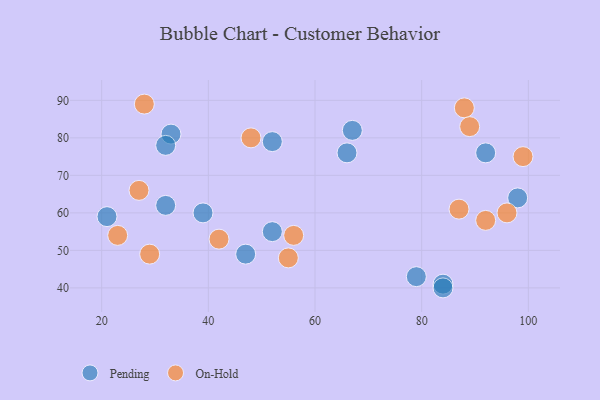
{"axis": {"x": "GDP", "y": "Life Expectancy"}, "legend": ["On-Hold", "Pending"], "data": [{"x": "21", "y": 59, "type": "Pending"}, {"x": "47", "y": 49, "type": "Pending"}, {"x": "33", "y": 81, "type": "Pending"}, {"x": "67", "y": 82, "type": "Pending"}, {"x": "79", "y": 43, "type": "Pending"}, {"x": "84", "y": 41, "type": "Pending"}, {"x": "52", "y": 55, "type": "Pending"}, {"x": "52", "y": 79, "type": "Pending"}, {"x": "92", "y": 76, "type": "Pending"}, {"x": "32", "y": 62, "type": "Pending"}, {"x": "39", "y": 60, "type": "Pending"}, {"x": "98", "y": 64, "type": "Pending"}, {"x": "32", "y": 78, "type": "Pending"}, {"x": "84", "y": 40, "type": "Pending"}, {"x": "66", "y": 76, "type": "Pending"}, {"x": "42", "y": 53, "type": "On-Hold"}, {"x": "96", "y": 60, "type": "On-Hold"}, {"x": "92", "y": 58, "type": "On-Hold"}, {"x": "87", "y": 61, "type": "On-Hold"}, {"x": "99", "y": 75, "type": "On-Hold"}, {"x": "48", "y": 80, "type": "On-Hold"}, {"x": "56", "y": 54, "type": "On-Hold"}, {"x": "27", "y": 66, "type": "On-Hold"}, {"x": "23", "y": 54, "type": "On-Hold"}, {"x": "88", "y": 88, "type": "On-Hold"}, {"x": "28", "y": 89, "type": "On-Hold"}, {"x": "89", "y": 83, "type": "On-Hold"}, {"x": "29", "y": 49, "type": "On-Hold"}, {"x": "55", "y": 48, "type": "On-Hold"}]}